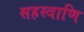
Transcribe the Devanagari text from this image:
सहस्त्राणि